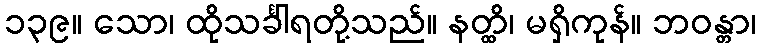
၁၃၉။ သော၊ ထိုသင်္ခါရတို့သည်။ နတ္ထိ၊ မရှိကုန်။ ဘဝန္တာ၊